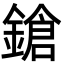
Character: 鎗